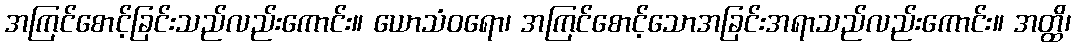
အကြင်စောင့်ခြင်းသည်လည်းကောင်း။ ယောသံဝရော၊ အကြင်စောင့်သောအခြင်းအရာသည်လည်းကောင်း။ အတ္ထိ၊